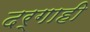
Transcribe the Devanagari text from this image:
दर्गाही